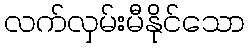
လက်လှမ်းမီနိုင်သော